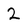
Character: 2